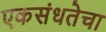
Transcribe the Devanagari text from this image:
एकसंधतेचा